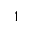
^ 1